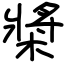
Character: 槳